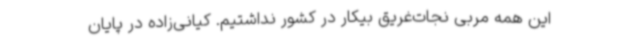
این همه مربی نجات‌غریق بیکار در کشور نداشتیم. کیانی‌زاده در پایان